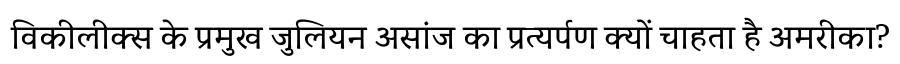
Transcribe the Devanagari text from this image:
विकीलीक्स के प्रमुख जुलियन असांज का प्रत्यर्पण क्यों चाहता है अमरीका?